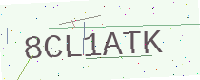
Text: 8CL1ATK